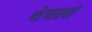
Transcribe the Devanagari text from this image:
थेयलां